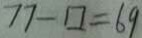
7 7 - \square = 6 9